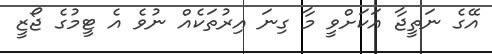
އޭގެ ނަތީޖާ އަކަށްވީ މާ ގިނަ އިރުތަކެއް ނުވެ އެ ޓީމުގެ ޖޯޒީ